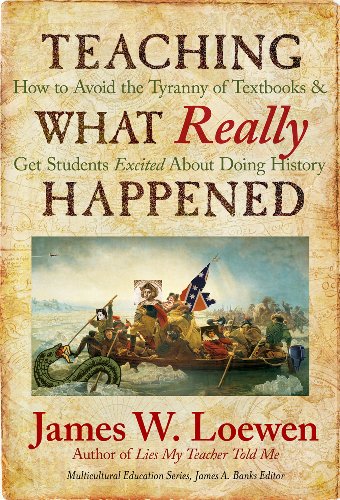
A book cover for Teaching What Really Happened: How to Avoid the Tyranny of Textbooks and Get Students Excited About Doing History (Multicultural Education Series); James W. Loewen; History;